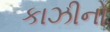
કાઝીનો